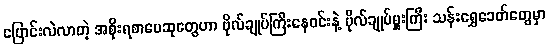
ပြောင်းလဲလာတဲ့ အစိုးရစာပေဆုတွေဟာ ဗိုလ်ချုပ်ကြီးနေဝင်းနဲ့ ဗိုလ်ချုပ်မှူးကြီး သန်းရွှေခေတ်တွေမှာ